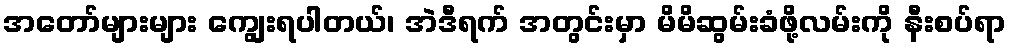
အတော်များများ ကျွေးရပါတယ်၊ အဲဒီရက် အတွင်းမှာ မိမိဆွမ်းခံဖို့လမ်းကို နီးစပ်ရာ